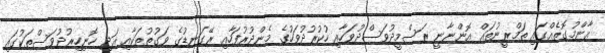
ޢާންމުގޮތެއްގައި ތަމްރީނުތައް އޮންނާނީ ރަސްމީދުވަސްދުވަހާއި ހުކުރުދުވަހުގެ މެންދުރުފަހާއި ރޭގަނޑުގެ ވަގުތުތަކާއި އަދި ހޮނިހިރުދުވަސްތަކުގައި